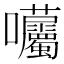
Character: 𡆜